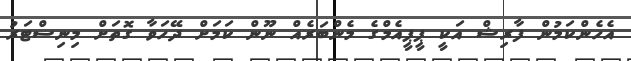
އެހެންކަމުން ފާރިޝް އަކީ ޕީޕީއެމްގެ މެންބަރެއް ނޫން ކަމަށް ދޭހަވާ ގޮތަށް މިނިސްޓަރު